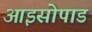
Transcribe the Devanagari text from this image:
आइसोपाड